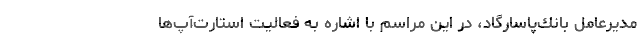
مدیرعامل بانك‌پاسارگاد، در این مراسم با اشاره به فعالیت استارت‌آپ‌ها